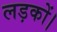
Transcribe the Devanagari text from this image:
लड़कों।